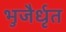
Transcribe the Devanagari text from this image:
भुजैर्धृत